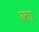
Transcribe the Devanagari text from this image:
का